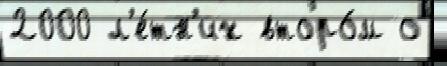
2000 л'е́тн'их второ́м о